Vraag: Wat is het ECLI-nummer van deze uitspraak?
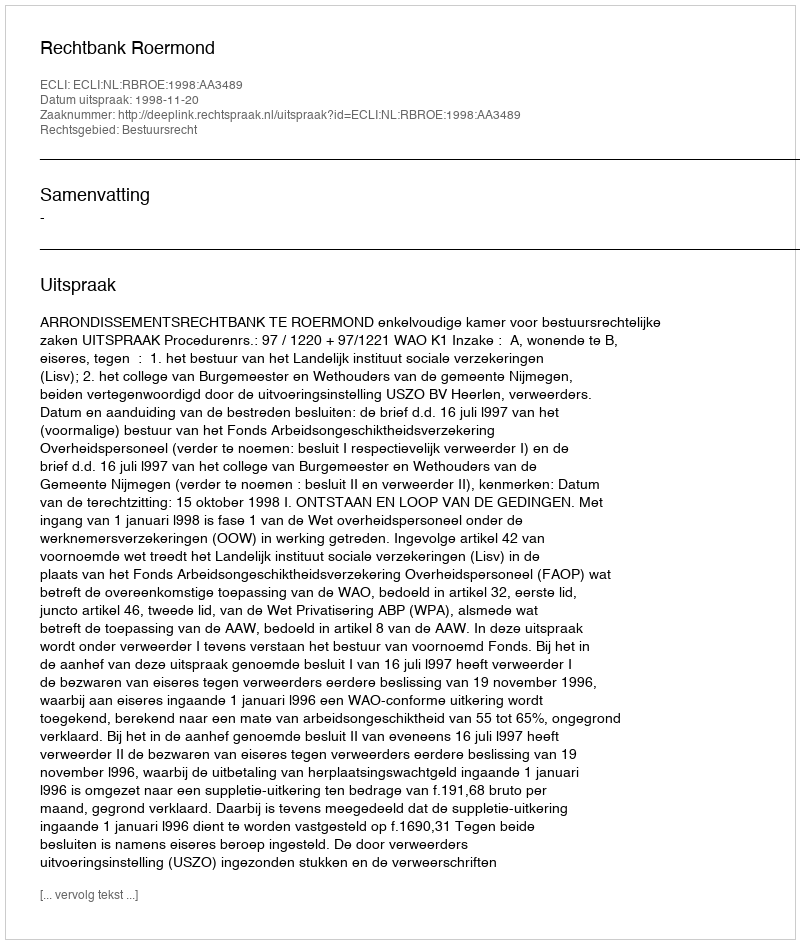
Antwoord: ECLI:NL:RBROE:1998:AA3489